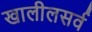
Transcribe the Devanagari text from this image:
खालीलसर्व